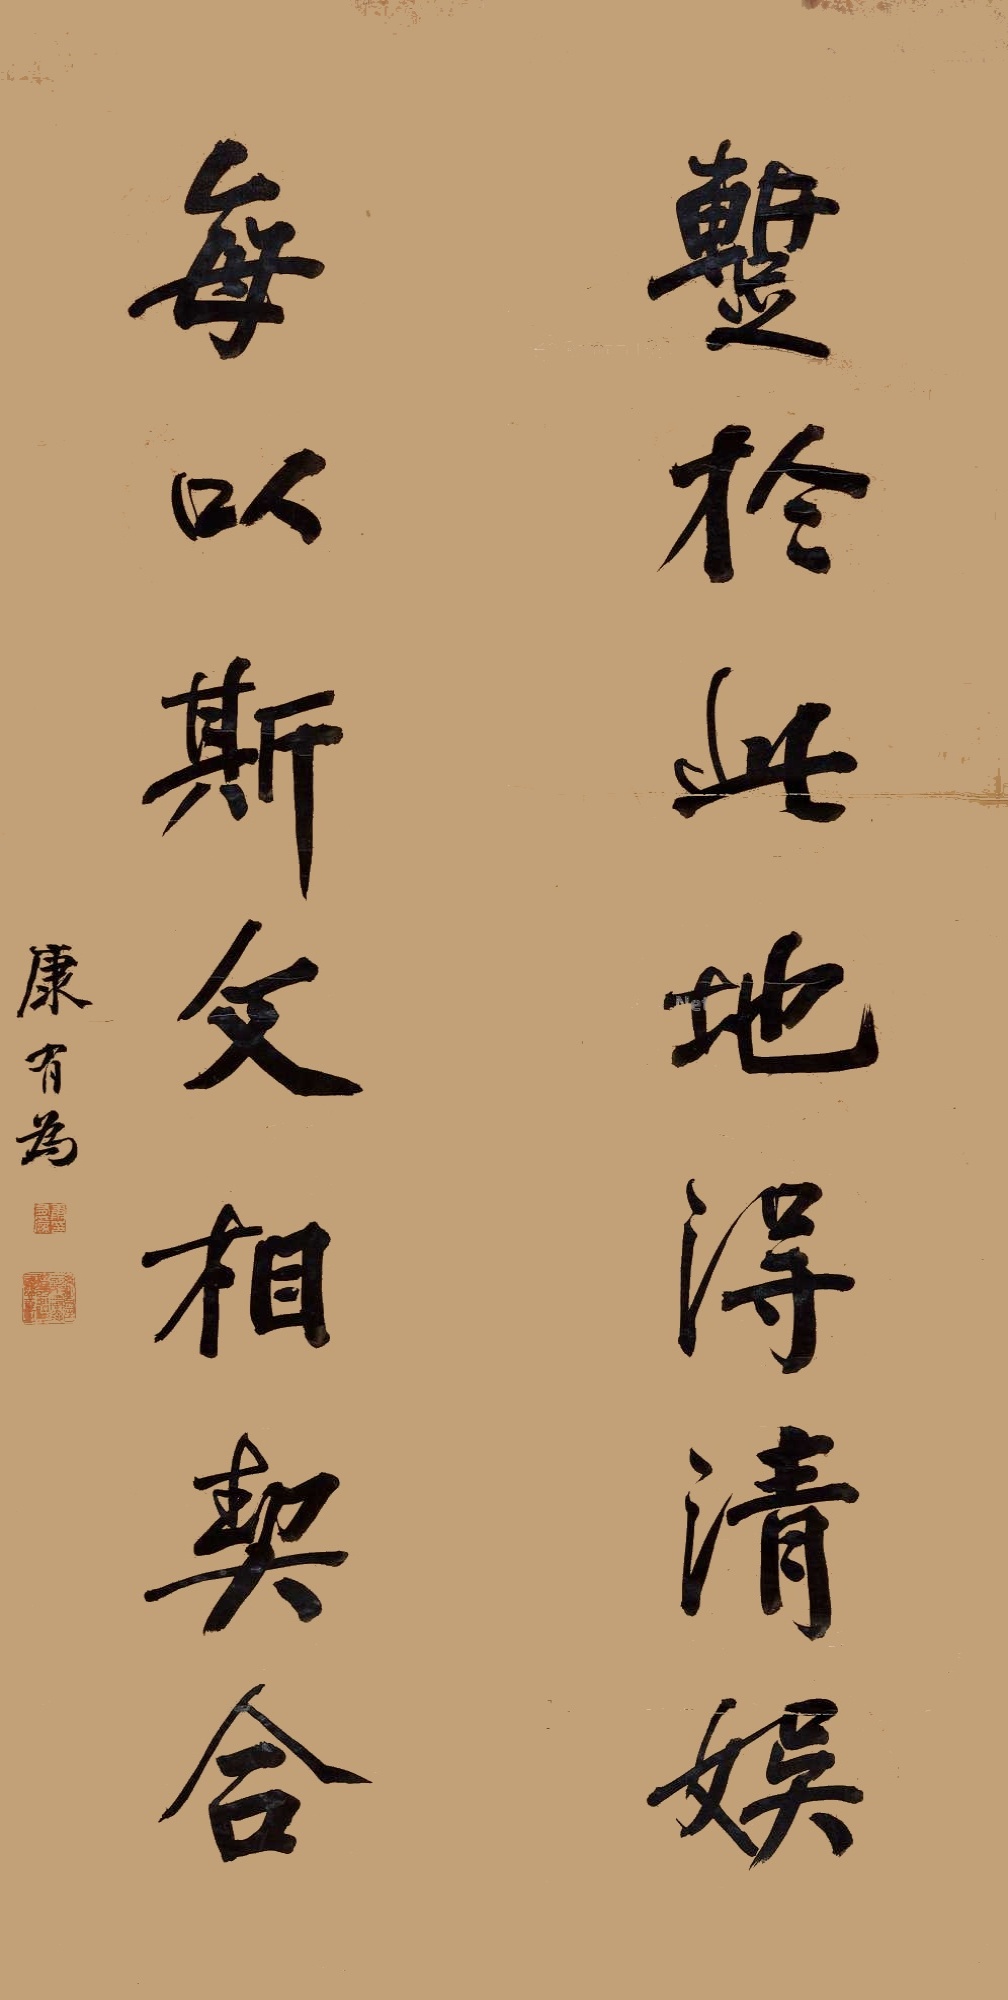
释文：暂于此地得清娱，每以斯文相契合。康有为。